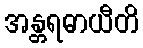
အန္တရဓာယီတိ